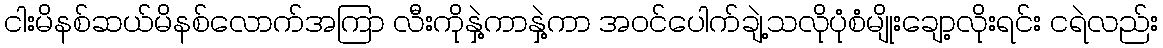
ငါးမိနစ်ဆယ်မိနစ်လောက်အကြာ လီးကိုနှဲ့ကာနှဲ့ကာ အဝင်ပေါက်ချဲ့သလိုပုံစံမျိုးချော့လိုးရင်း ငရဲလည်း